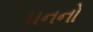
ઘનનો